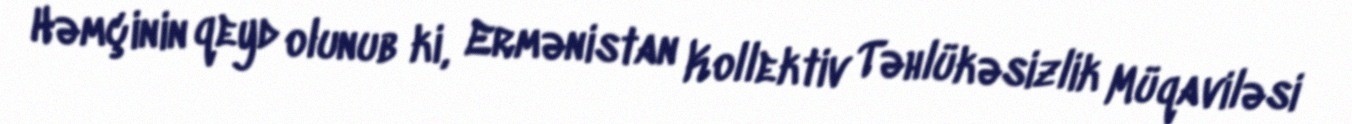
Həmçinin qeyd olunub ki, Ermənistan Kollektiv Təhlükəsizlik Müqaviləsi